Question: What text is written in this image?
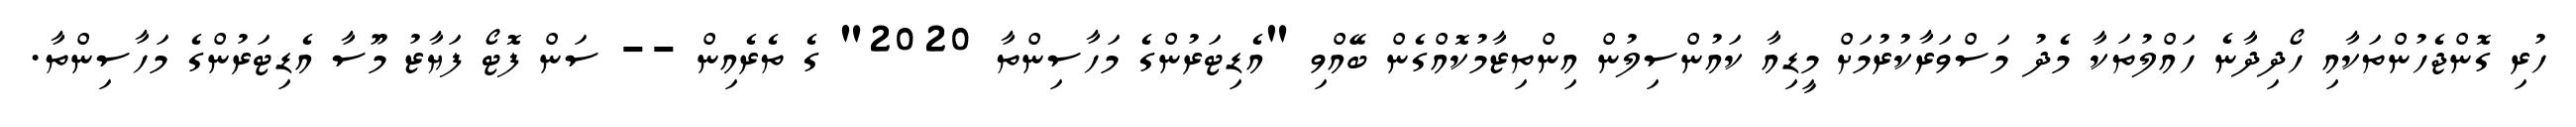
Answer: ހުރި ގޮންޖެހުންތަކާއި ހޯދިދާނެ ހައްލުތަކާ މެދު މަސްވަރާކުރުމަށް މީޑިއާ ކައުންސިލުން އިންތިޒާމުކޮއްގެން ބޭއްވި "އެޑިޓަރުންގެ މަހާސިންތާ 2020" ގެ ތެރެއިން -- ސަން ފޮޓޯ ފަޔާޒު މޫސާ އެޑިޓަރުންގެ މަހާސިންތާ.